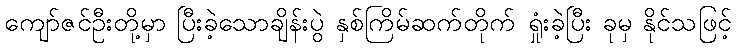
ကျော်ဇင်ဦးတို့မှာ ပြီးခဲ့သောချိန်းပွဲ နှစ်ကြိမ်ဆက်တိုက် ရှုံးခဲ့ပြီး ခုမှ နိုင်သဖြင့်